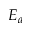
E _ { a }